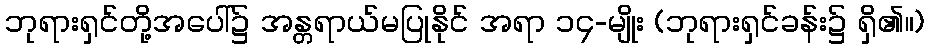
ဘုရားရှင်တို့အပေါ်၌ အန္တရာယ်မပြုနိုင် အရာ ၁၄-မျိုး (ဘုရားရှင်ခန်း၌ ရှိ၏။)